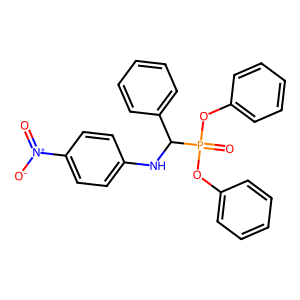
SMILES: O=[N+]([O-])c1ccc(NC(c2ccccc2)P(=O)(Oc2ccccc2)Oc2ccccc2)cc1
Inhibits HIV replication: No